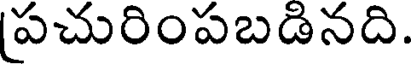
పచురింపబడినది.